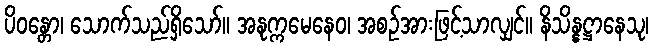
ပိဝန္တော၊ သောက်သည်ရှိသော်။ အနုက္ကမေနေဝ၊ အစဉ်အားဖြင့်သာလျှင်။ နိသိန္နဋ္ဌာနေသု၊